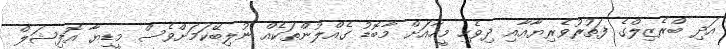
އަދި ބްރެޒިލްގެ ފަތުރުވެރިޔާއާއި ދިވެހި މީހާއަށް މާބޮޑު ގެއްލުންތަކެއް ނުލިބޭކަމަށްވެސް މީޑިޔާ އޮފިޝަލް